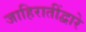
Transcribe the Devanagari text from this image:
जाहिरातींद्वारे